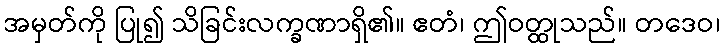
အမှတ်ကို ပြု၍ သိခြင်းလက္ခဏာရှိ၏။ ဧတံ၊ ဤဝတ္ထုသည်။ တဒေဝ၊